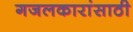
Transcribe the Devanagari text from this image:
गजलकारांसाठी